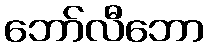
ဘော်လီဘော